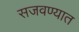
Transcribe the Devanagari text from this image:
सजवण्यात